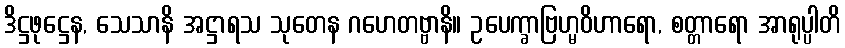
ဒိဋ္ဌဖုဋ္ဌေန, သေသာနိ အဋ္ဌာရသ သုတေန ဂဟေတဗ္ဗာနိ။ ဥပေက္ခာဗြဟ္မဝိဟာရော, စတ္တာရော အာရုပ္ပါတိ